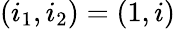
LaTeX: (i_{1},i_{2})=(1,i)